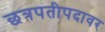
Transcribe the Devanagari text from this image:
छत्रपतीपदावर